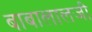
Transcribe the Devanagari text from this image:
बाबालालजी